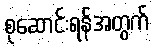
စုဆောင်းရန်အတွက်